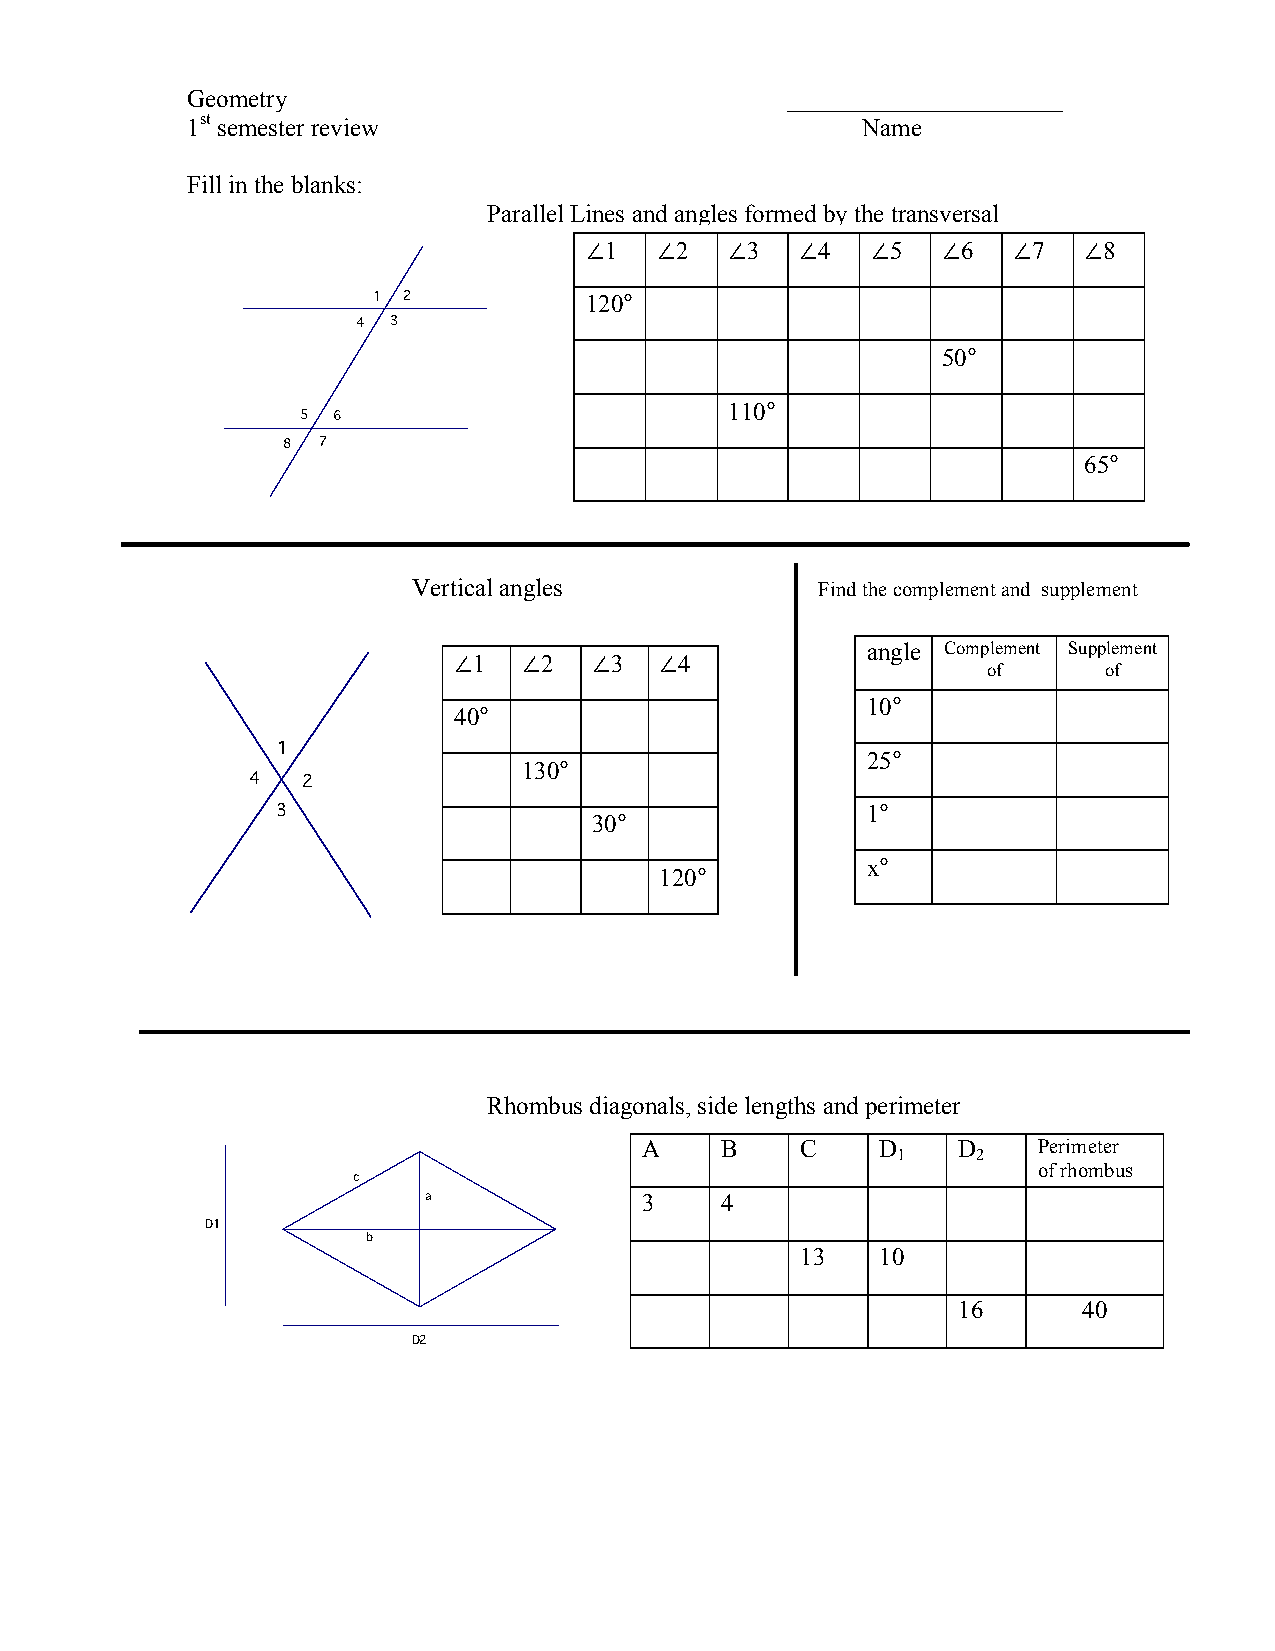
Geometry                                ______________________
 1st semester review                          Name
 Fill in the blanks:
 Parallel Lines and angles formed by the transversal
 !1  !2   !3   !4   !5  !6   !7   !8
 1 2           120°
 4 3
 50°
 5 6
 110°
 8 7
 65°
 Vertical angles            Find the complement and supplement
 angle Complement Supplement
 !1   !2  !3   !4
 of      of
 40°
 10°
 1
 130°
 25°
 4  2
 3
 30°
 1°
 120°
 x°
 Rhombus diagonals, side lengths and perimeter
 A     B    C    D    D     Perimeter
 1     2
 of rhombus
 c
 a             3     4
 D1
 b
 13   10
 16       40
 D2